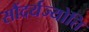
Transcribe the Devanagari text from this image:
सौंदर्यज्योति